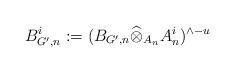
LaTeX: \begin{align*}B^{i}_{G',n}:= (B_{G',n} \widehat{\otimes}_{A_{n}} A_{n}^i )^{\wedge-u}\end{align*}